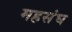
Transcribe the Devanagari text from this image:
महसंघ